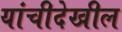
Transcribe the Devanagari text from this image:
यांचीदेखील